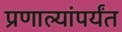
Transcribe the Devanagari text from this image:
प्रणाल्यांपर्यंत